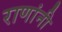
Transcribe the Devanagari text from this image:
राणांनी